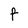
Character: F